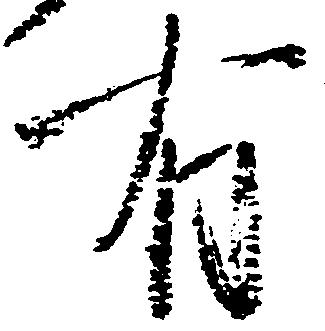
有